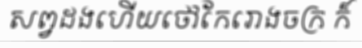
សព្វដងហើយថៅកែរោងចក្រ ក៏